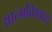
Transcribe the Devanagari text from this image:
आत्‍मविश्‍वास